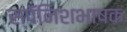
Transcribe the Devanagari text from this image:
स्पॅनिशभाषक